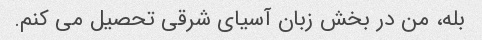
بله، من در بخش زبان آسیای شرقی تحصیل می کنم.